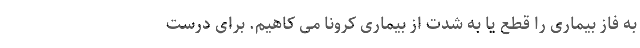
به فاز بیماری را قطع یا به شدت از بیماری کرونا می کاهیم. برای درست